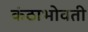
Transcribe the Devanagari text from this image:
कंठाभोवती